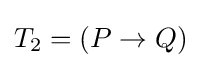
T_{2}=(P\to Q)